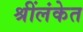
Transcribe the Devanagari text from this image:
श्रींलंकेत